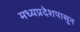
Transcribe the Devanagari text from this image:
मध्यप्रदेशपासून